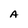
Character: A